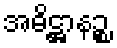
အဓိဋ္ဌာနဉ္စ